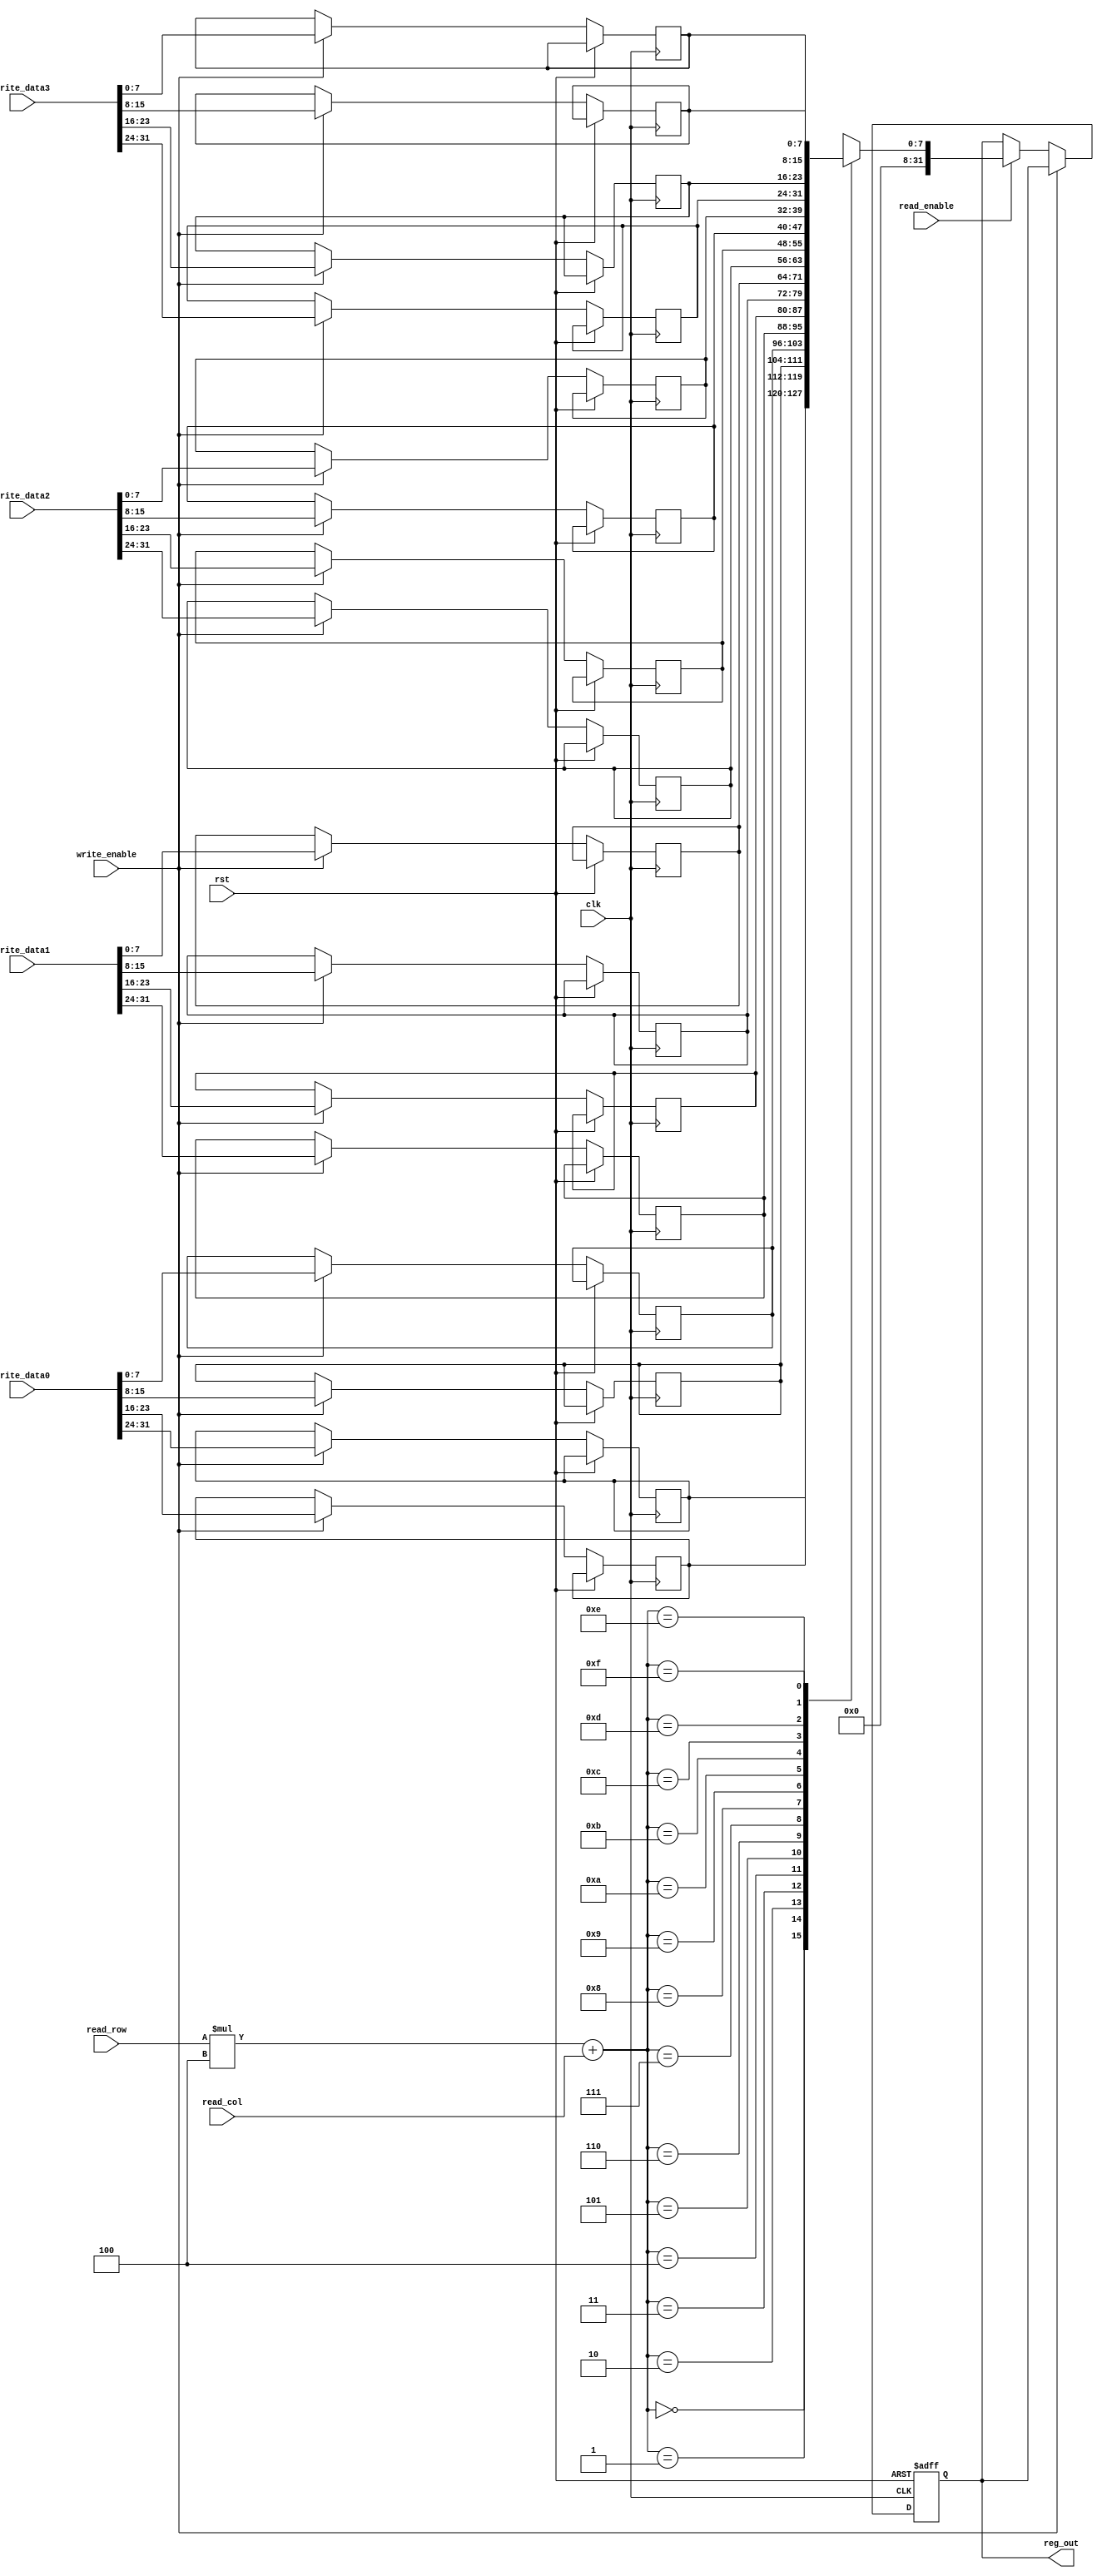
`timescale 1ns/1ns

module image_buffer(input clk , rst , write_enable , read_enable  ,input [2:0] read_row , read_col ,  input [31:0] write_data0 ,write_data1, write_data2 , write_data3 , output reg [31:0] reg_out);

  reg [7:0] buffer [3:0][3:0]; 
  integer i ;
  always @(posedge clk or posedge rst) begin
    if (rst) begin
      reg_out <= 8'b00000000;
    end else if (write_enable) begin
	buffer[0][0] <= write_data0[31:24];
	buffer[0][1] <= write_data0[23:16];
	buffer[0][2] <= write_data0[15:8];
	buffer[0][3] <= write_data0[7:0];

	buffer[1][0] <= write_data1[31:24];
	buffer[1][1] <= write_data1[23:16];
	buffer[1][2] <= write_data1[15:8];
	buffer[1][3] <= write_data1[7:0];

	buffer[2][0] <= write_data2[31:24];
	buffer[2][1] <= write_data2[23:16];
	buffer[2][2] <= write_data2[15:8];
	buffer[2][3] <= write_data2[7:0];

	buffer[3][0] <= write_data3[31:24];
	buffer[3][1] <= write_data3[23:16];
	buffer[3][2] <= write_data3[15:8];
	buffer[3][3] <= write_data3[7:0];

    end else if ( read_enable )
	reg_out = buffer[read_row][read_col];
  end

endmodule